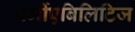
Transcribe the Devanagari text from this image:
पर्मीएबिलिटिज